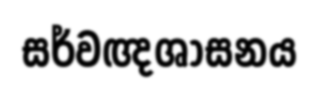
සර්වඥශාසනය